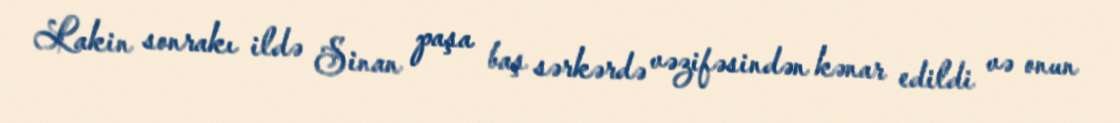
Lakin sonrakı ildə Sinan paşa baş sərkərdə vəzifəsindən kənar edildi və onun